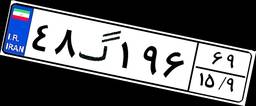
۴۸گ۱۹۶۶۹